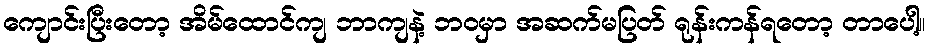
ကျောင်းပြီးတော့ အိမ်ထောင်ကျ ဘာကျနဲ့ ဘဝမှာ အဆက်မပြတ် ရုန်းကန်ရတော့ တာပေါ့။